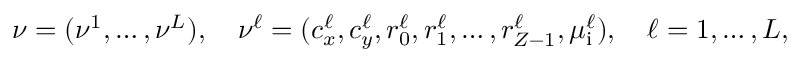
\begin{array} { r } { \ensuremath { \boldsymbol \nu } = ( \ensuremath { \boldsymbol \nu } ^ { 1 } , \ldots , \ensuremath { \boldsymbol \nu } ^ { L } ) , \quad \ensuremath { \boldsymbol \nu } ^ { \ell } = ( c _ { x } ^ { \ell } , c _ { y } ^ { \ell } , r _ { 0 } ^ { \ell } , r _ { 1 } ^ { \ell } , \ldots , r _ { Z - 1 } ^ { \ell } , \mu _ { \mathrm { i } } ^ { \ell } ) , \quad \ell = 1 , \ldots , L , } \end{array}